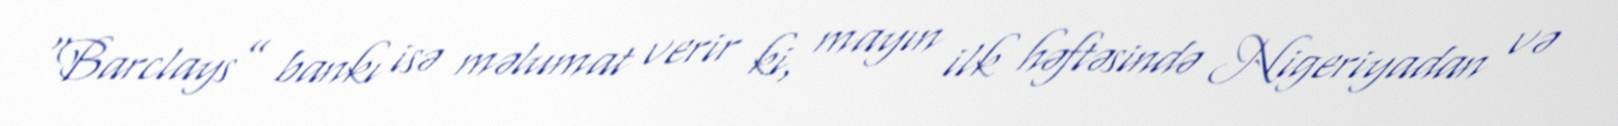
“Barclays” bankı isə məlumat verir ki, mayın ilk həftəsində Nigeriyadan və